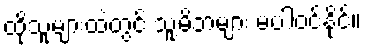
ထိုသူများထဲတွင် သူ့မိဘများ မပါဝင်နိုင်။